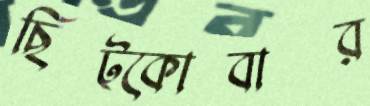
ছিট্‌কোবার